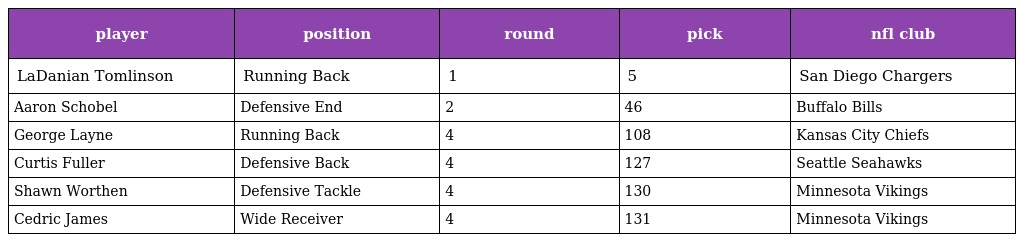
| player | position | round | pick | nfl club |
 | --- | --- | --- | --- | --- |
 | LaDanian Tomlinson | Running Back | 1 | 5 | San Diego Chargers |
 | Aaron Schobel | Defensive End | 2 | 46 | Buffalo Bills |
 | George Layne | Running Back | 4 | 108 | Kansas City Chiefs |
 | Curtis Fuller | Defensive Back | 4 | 127 | Seattle Seahawks |
 | Shawn Worthen | Defensive Tackle | 4 | 130 | Minnesota Vikings |
 | Cedric James | Wide Receiver | 4 | 131 | Minnesota Vikings |